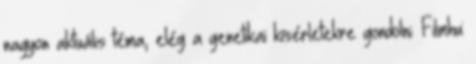
nagyon aktuális téma, elég a genetikai kísérletekre gondolni. Filmhu: